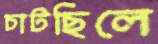
চাটছিলে